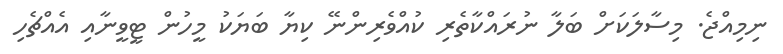
ނިމިއްޖެ. މިސާލަކަށް ބަލާ ނުރައްކާތެރި ކުއްވެރިންނޭ ކިޔާ ބަޔަކު މީހުން ޓީވީނާއި އެއްޗެހި